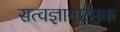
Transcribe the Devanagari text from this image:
सत्वज्ञानात्मक